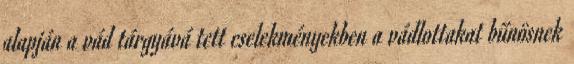
alapján a vád tárgyává tett cselekményekben a vádlottakat bűnösnek